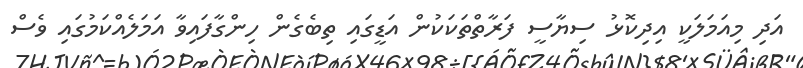
އަދި މިއަމަލަކީ އިދިކޮޅު ސިޔާސީ ފަރާތްތަކަކުން އަޑީގައި ތިބެގެން ހިންގާފައިވާ އަމަލެއްކަމުގައި ވެސް